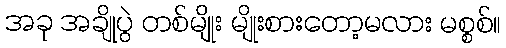
အခု အချိုပွဲ တစ်မျိုး မျိုးစားတော့မလား မစ္စစ်။